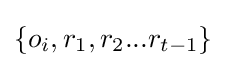
\{o_{i},r_{1},r_{2}...r_{t-1}\}